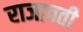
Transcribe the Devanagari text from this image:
राजावती